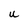
Character: u